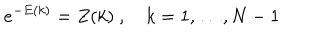
LaTeX: e ^ { - E ( k ) } = Z ( k ) \ , k = 1 , \ldots , N - 1